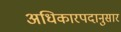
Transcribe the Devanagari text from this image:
अधिकारपदानुसार